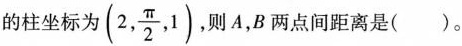
的柱坐标为( (2, \frac{π}{2},1) ，则A，B两点间距离是()。